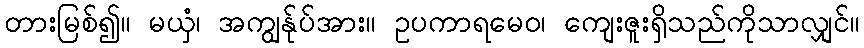
တားမြစ်၍။ မယှံ၊ အကျွန်ုပ်အား။ ဥပကာရမေဝ၊ ကျေးဇူးရှိသည်ကိုသာလျှင်။